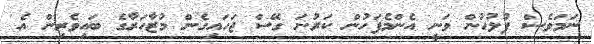
ނަމަވެސް ފުލުހުން ވަނީ އެންމެފަހުން ކަރުނަ ގޭސް ޖަހައިގެން މުޒާހަރާގެ ބައިވެރިން އެ